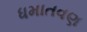
ધમાતવણ